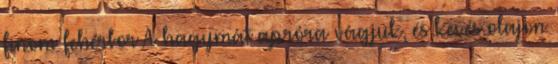
finom fehérbor A hagymát apróra vágjuk, és kevés olajon